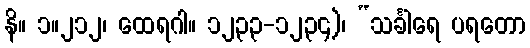
နိ။ ၁။၂၁၂၊ ထေရဂါ။ ၁၂၃၃-၁၂၃၄)၊ “သင်္ခါရေ ပရတော